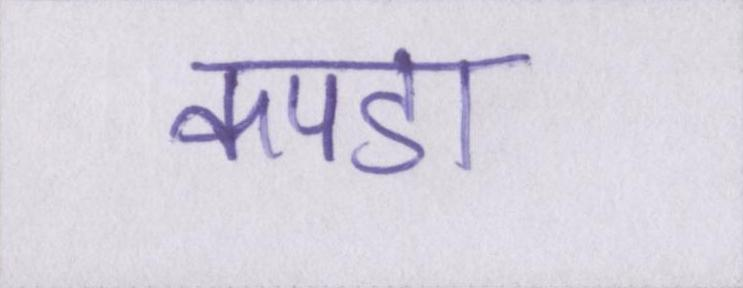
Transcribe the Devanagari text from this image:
कपडा